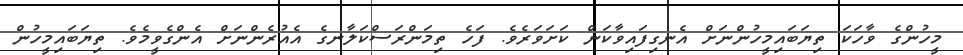
މީހުންގެ ވާހަކަ ތިޔަބައިމީހުންނަށް އެނގިފައިވާކަން ކަށަވަރެވެ. ފަހެ ތިމަންރަސްކަލާނގެ އެއުރެންނަށް އެންގެވީމެވެ. ތިޔަބައިމީހުން